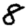
Digit: 8